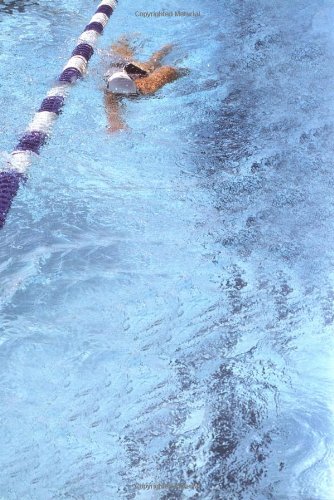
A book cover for Workouts in a Binder: Swim Workouts for Triathletes; Gale Bernhardt; Health, Fitness & Dieting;